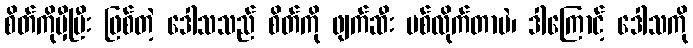
စိတ်ကိုမှီပြီး ဖြစ်တဲ့ ဒေါသသည် စိတ်ကို ဖျက်ဆီး ပစ်လိုက်တာပဲ၊ ဒါကြောင့် ဒေါသကို